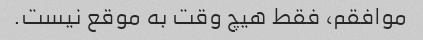
موافقم، فقط هیچ وقت به موقع نیست.